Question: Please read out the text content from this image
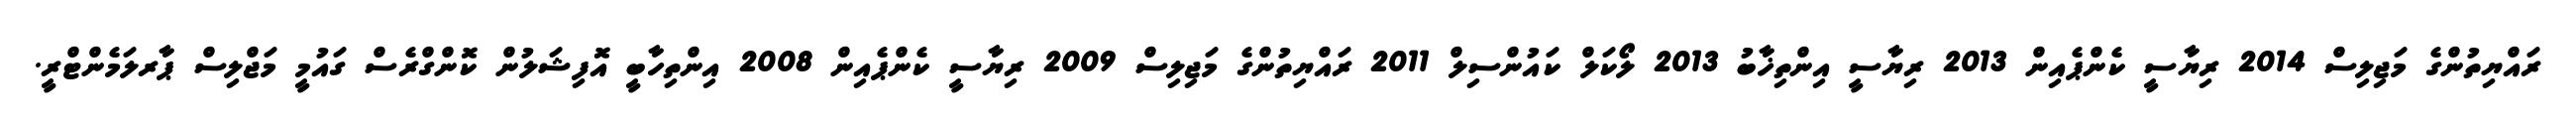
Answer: ރައްޔިތުންގެ މަޖިލިސް 2014 ރިޔާސީ ކެންޕެއިން 2013 ރިޔާސީ އިންތިޚާބު 2013 ލޯކަލް ކައުންސިލް 2011 ރައްޔިތުންގެ މަޖިލިސް 2009 ރިޔާސީ ކެންޕެއިން 2008 އިންތިހާބީ އޮފިޝަލުން ކޮންގްރެސް ގައުމީ މަޖްލިސް ޕާރލަމެންޓްރީ.